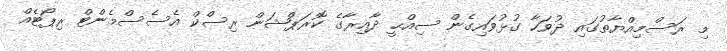
މި ރަސްމިއްޔާތުގައި ދުވަހާ ގުޅުވައިގެން ސިއްޙީ ދާއިރާގެ ކޮރަޕްޝަން ރިސްކް އެސެސްމެންޓް ރިޕޯޓެއް